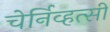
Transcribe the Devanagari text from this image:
चेर्निव्हत्सी